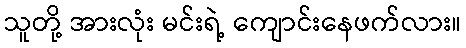
သူတို့ အားလုံး မင်းရဲ့ ကျောင်းနေဖက်လား။